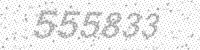
Solution: 555833